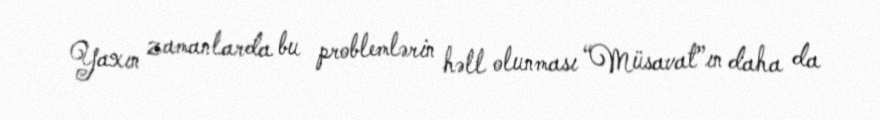
Yaxın zamanlarda bu problemlərin həll olunması “Müsavat”ın daha da